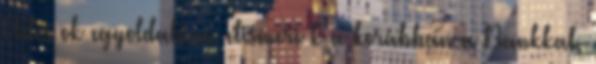
Adós ok egyoldalúan elismeri k a korábban a Bankkal,